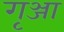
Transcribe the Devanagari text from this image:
गृञ्जा